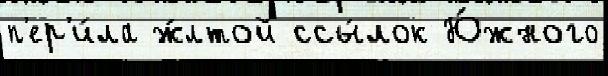
п'ер'и́ла ж́лтой ссы́лок Ю́жного